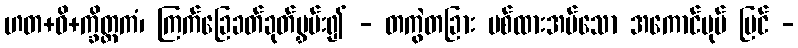
ဟတ+ဝိ+က္ခိတ္တကံ၊ ကြက်ခြေခတ်ခုတ်မွှမ်း၍ - တကွဲတခြား ပစ်ထားအပ်သော အကောင်ပုပ် မြင် -